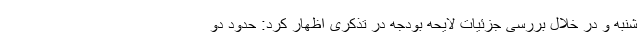
شنبه و در خلال بررسی جزئیات لایحه بودجه در تذکری اظهار کرد: حدود دو